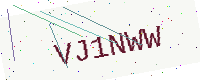
Text: VJ1NWW